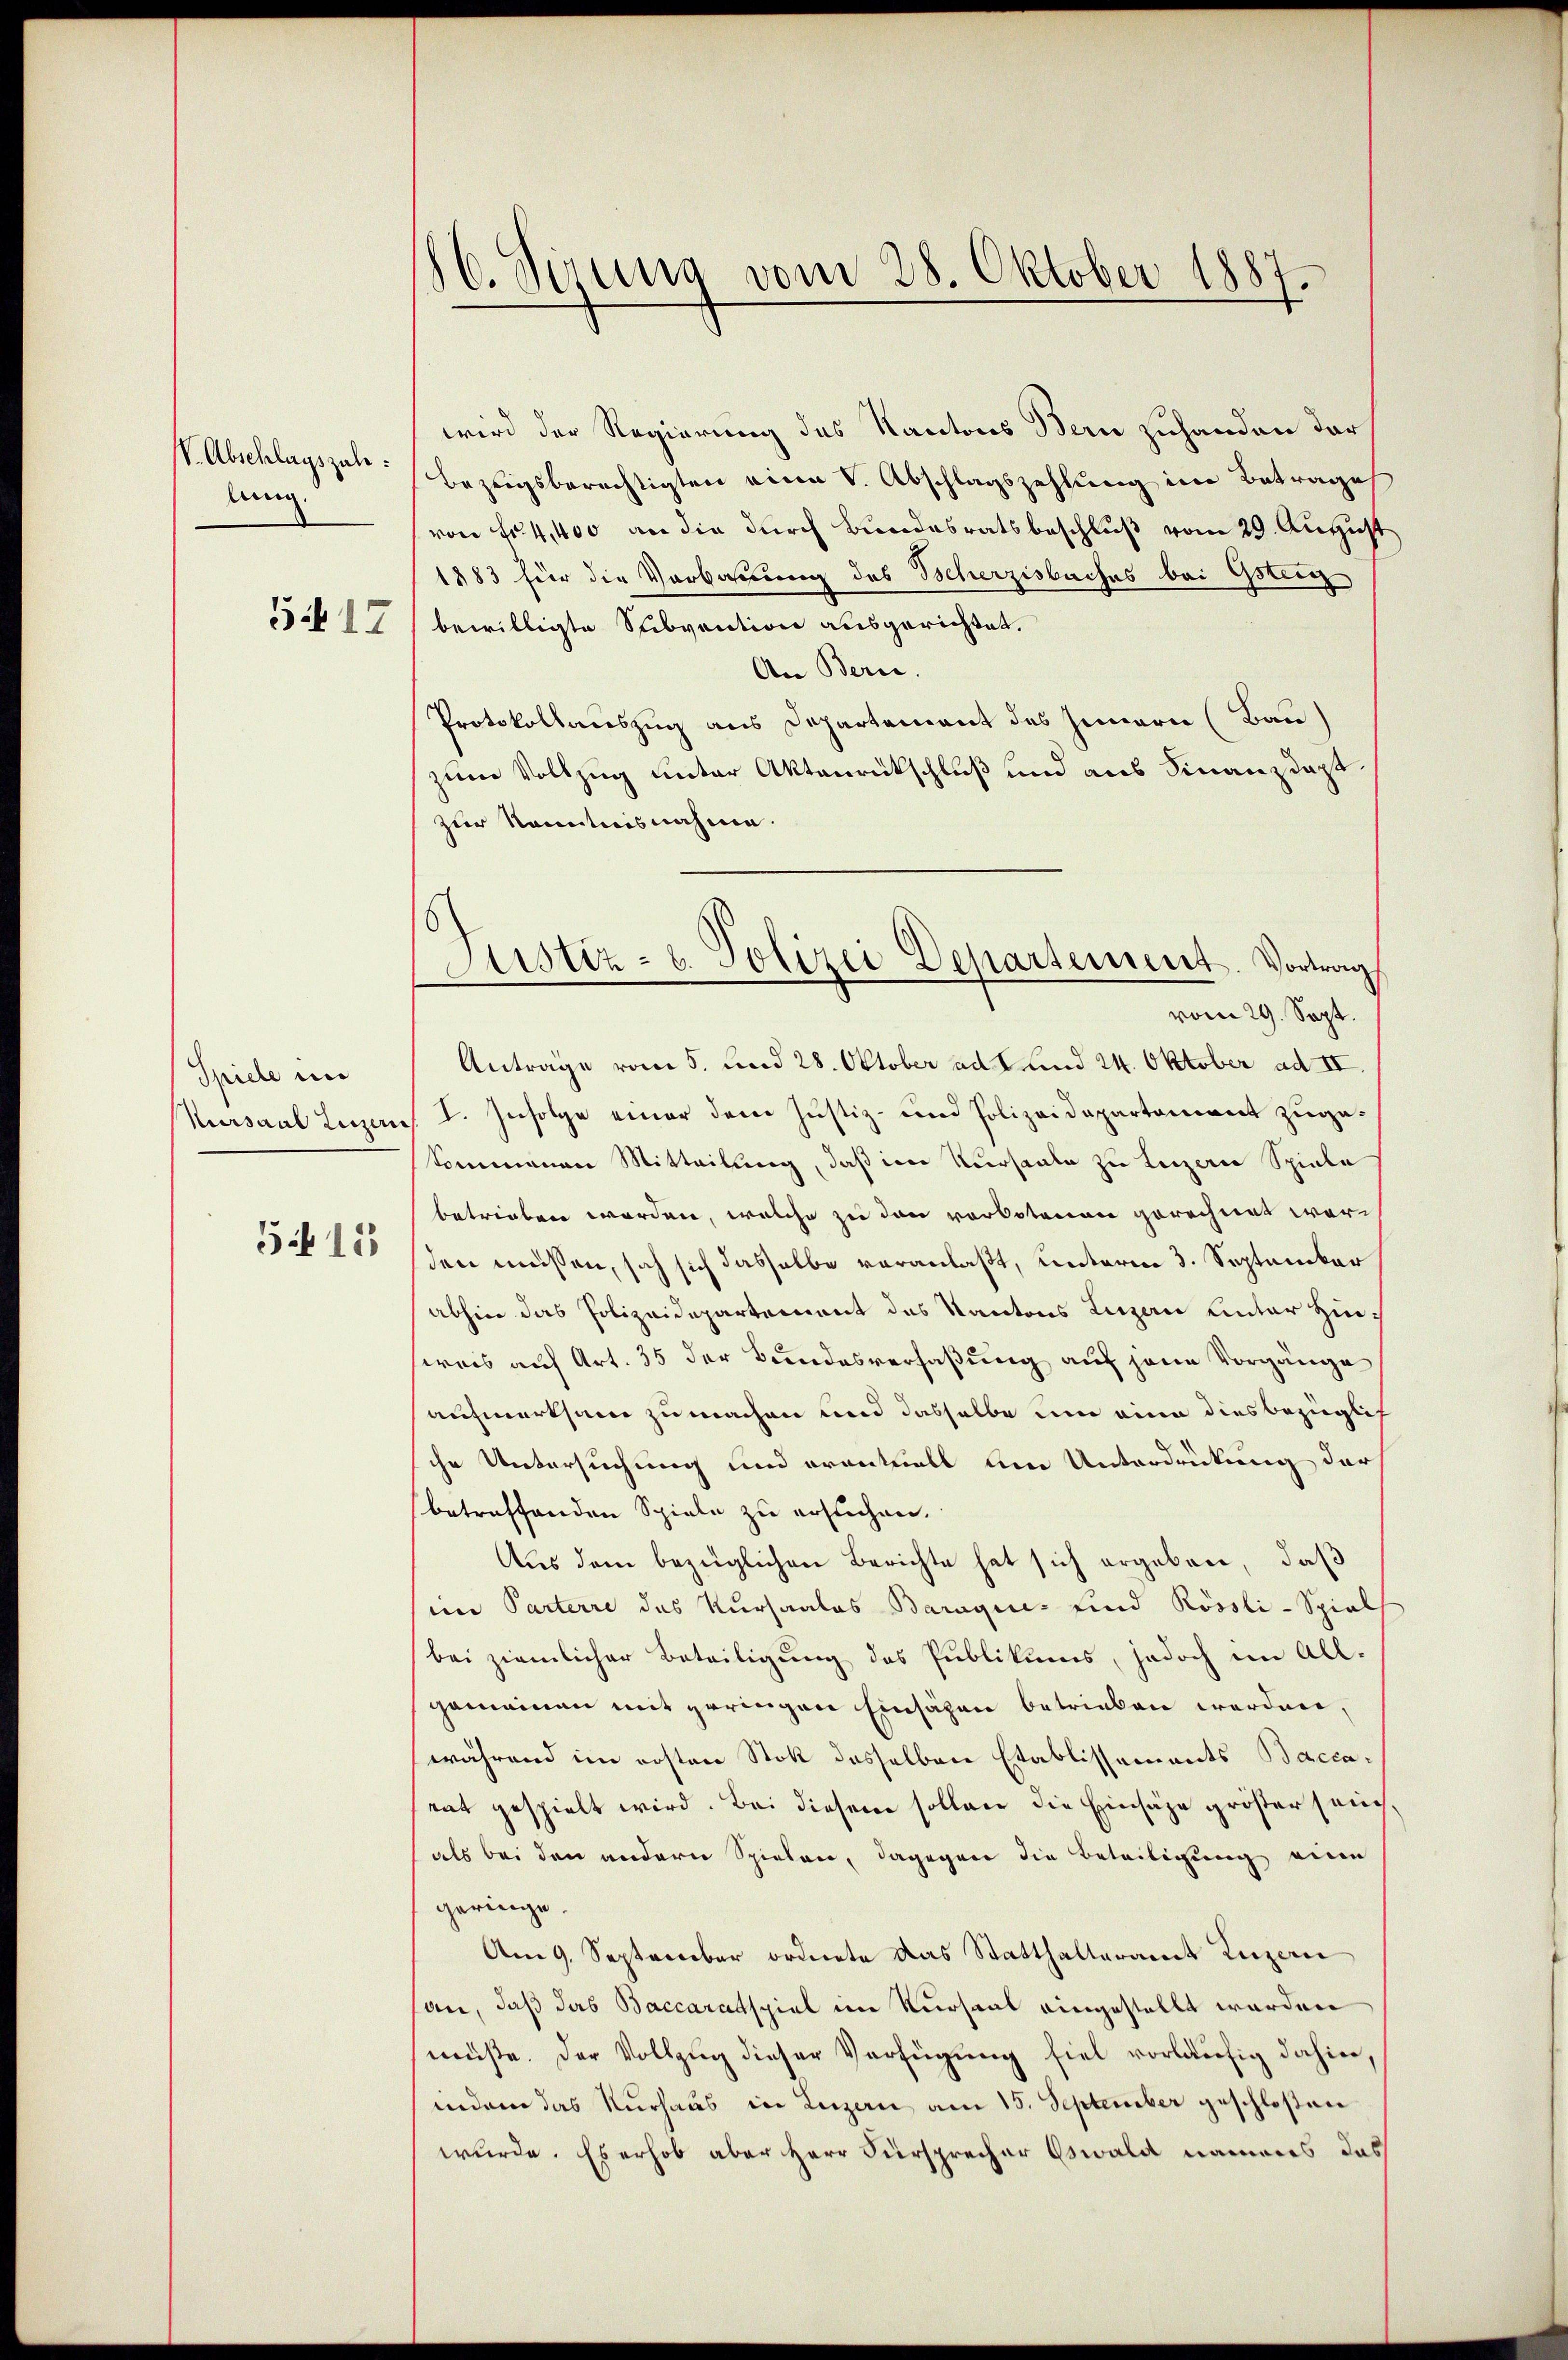
st. Abschlagszule:
lung.
3417

Spiele in
Kursaul Luzern
5415

86. Sezung vom 28. Oktober 1887.

wird der Regierung des Kantons Bern zuhanden darf
bezeigsberechtigten eine V. Abschlagszahlung im Betrage
von Fr. 4,400 an die durch Bundesratsbeschluß vom 29. August
1883 für die Verbarung des Beherzisbaches bei Gsteig
bewilligte Subvention ausgerichtet.
An Bern.
Protokollauszug aus Departement des Innern (Bau)
zum Vollzug unter Aktenrückschluß und aus Finanzdept.
zur Kenntnisnahme.
vom 29. Sept.
Antrage vom 5. und 28. Oktober ad 2 Kind 24. Oktober ad II.
I. Infolge einer dem Justiz- und Polizeidepartement zugekommenen Mitteilung, daß im Versaale zu Luzern Spiele
betrieben worden, welche zu den verbotenen gerechnet ware
den müssen, sah sich dasselbe veranlaßt, unterm 3. September
abhin das Polizeidepartement des Kantons Luzern unter Hinweis auf Art. 35 der Bundesverfaßung auf jene Vorgänge
aufmerksam zu machen und dasselbe um eine dies bezüglich
che Untersuchung und eventuell um Unterdrückung der
betreffenden Spiele zu ersuchen.
Aus dem bezüglichen Berichte hat sich ergeben, daß
iin Parterre des Kursaales Baraques sind Rössli-Spiel
bei ziemlicher Beteiligung des Publikums, jedoch im All-
gemeinen mit geringen Einsähen betrieben worden,
während im ersten Stoll desselben Etablissements Baccarat gespielt wird. Bei diesem sollen die Einsähe größer seichals bei den andern Spielen, dagegen die Beteiligung eine
geringe.
Am 9. September ordnete das Statthalteramt Luzern
an, daß das Baccaratspiel im Kursaal eingestellt werden
müße. Der Vollzug dieser Verfügung fiel vorläufig dahin,
indem das Kurhaus in Luzern am 15. September geschloßen
wurde. Es erhob aber Herr Fürsprecher Oswald namens das

Justiz- u. Polizei Departement. Vortrag